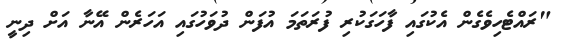
"ރައްޓެހިވެގެން އެކުގައި ފާހަގަކުރި ފުރަތަމަ އުފަން ދުވަހުގައި އަހަރެން އޭނާ އަށް ދިނީ